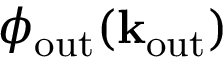
\phi _ { \mathrm { o u t } } ( \bf k _ { \mathrm { o u t } } )